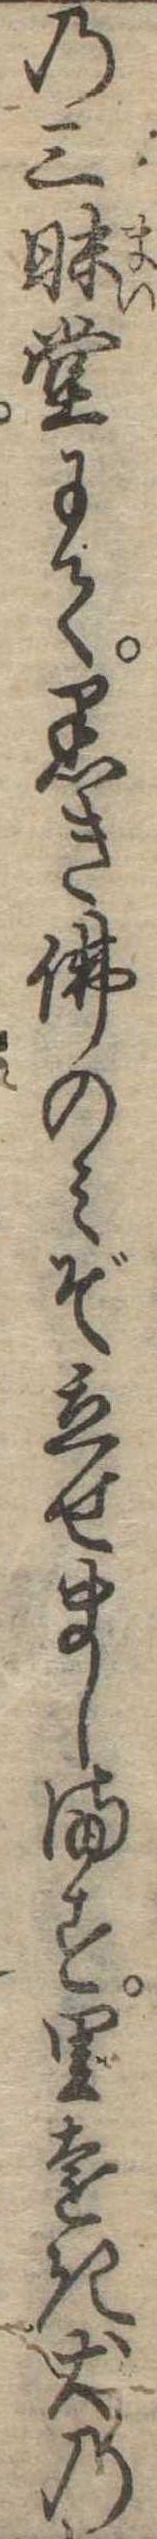
の三昧堂にて黒き仏のみぞ立せまします里遠き犬の